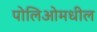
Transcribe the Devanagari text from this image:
पोलिओमधील